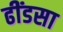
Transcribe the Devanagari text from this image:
ढींडसा